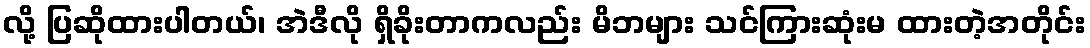
လို့ ပြဆိုထားပါတယ်၊ အဲဒီလို ရှိခိုးတာကလည်း မိဘများ သင်ကြားဆုံးမ ထားတဲ့အတိုင်း